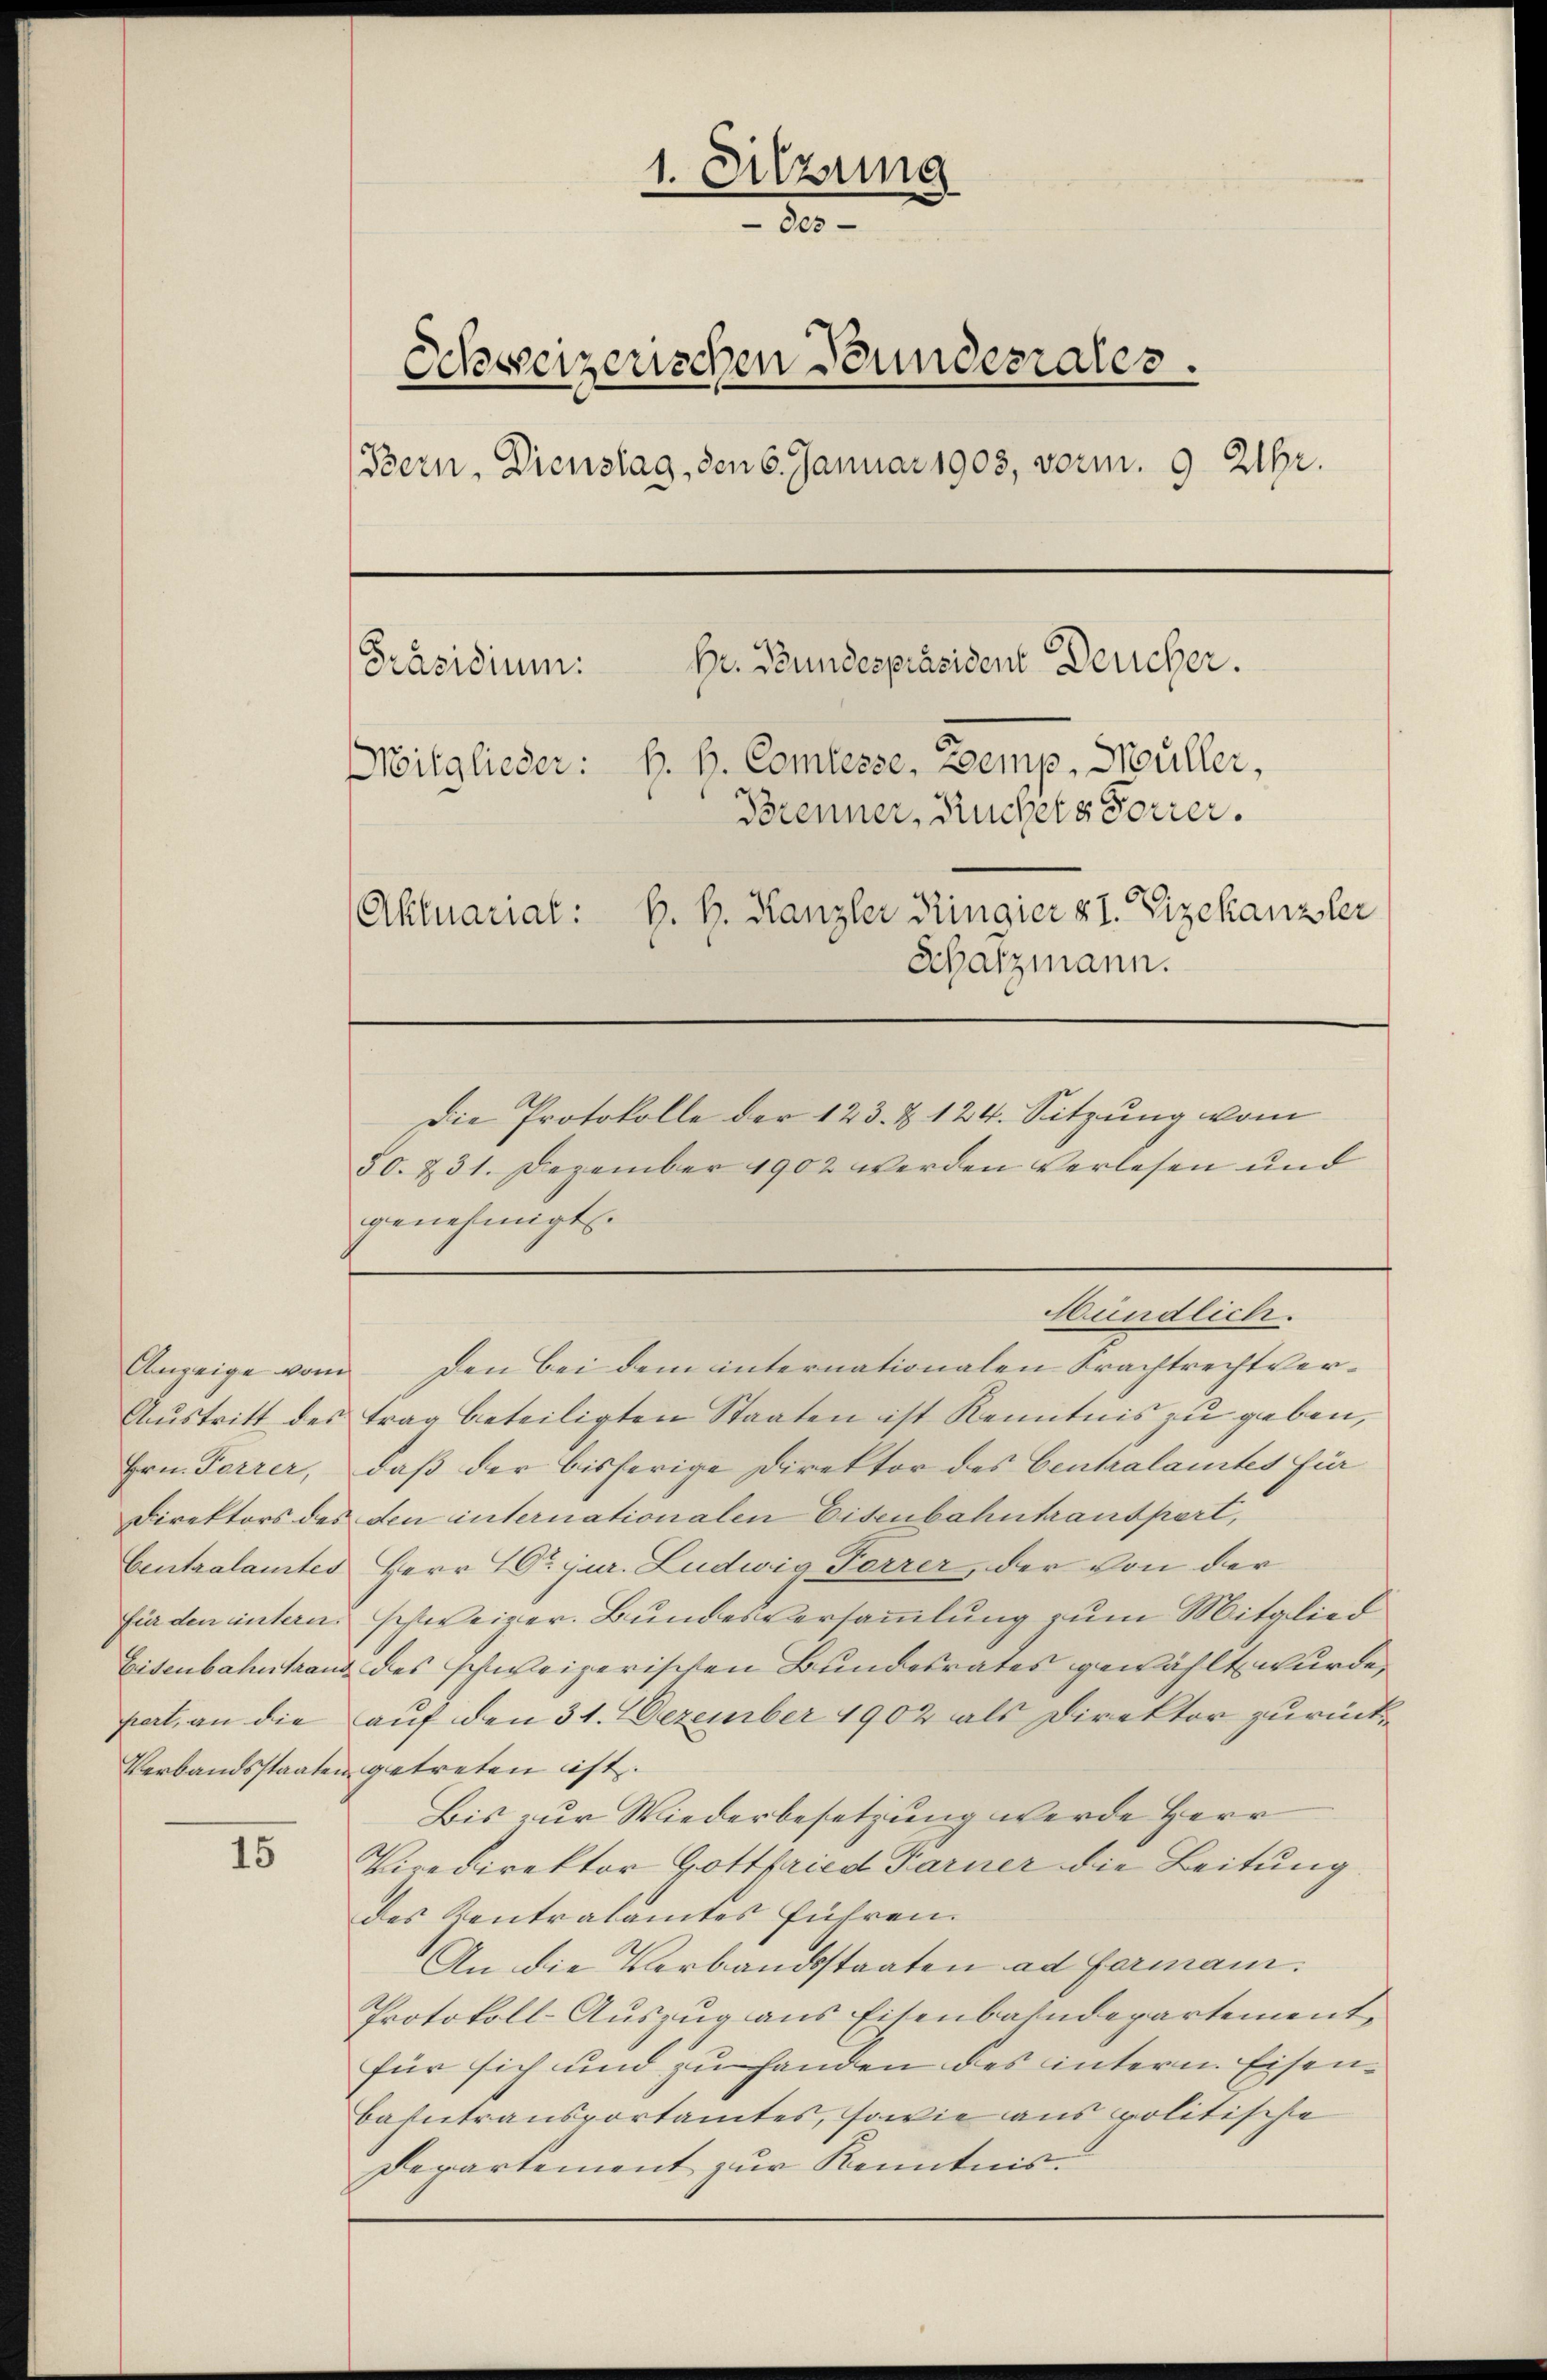
Anzeige vom
Austritt des
Hrn. Parrer,
Direktors des
Centralamtes
für den unterer.
Eisenbahntrau
pert, an die
Verbandsstaaten

15

1. Sitzung
des
Schweizerischen Bunderiales.
Bern, Dienstag, den 6. Januar 1903, vorm. 9 Uhr.
Hr. Bundespräsident Deucher.
[Präsidium.
Mitglieder: H. H. Comtesse, Zemp, Müller,
Brenner, Ruchels Forrer.
Aktuariat: B. H. Kanzler Ringier & 1. Vizekanzler
Schatzmann.
Die Protokolle der 123. Z. 124. Sitzung vom
50. 231. Dezember 1902 werden Verlesen und

genehmigt.
den bei dem internationalen Krachtrecht vertrag beteiligten Staaten ist Kenntnis zu geben,
daß der bisherige Direktor des Centralamtes für
den internationalen Eisenbahntranspert,
Herr Dr. jur. Ludwig Ferrer, der von der
schweizer. Bundesversammlung zum Mitglied
des schweizerischen Bundesrates gewählt wurde.
auf den 31. Dezember 1902 als Direktor zurückgetreten ist.
Bis zur Wiederbesetzung werde Herr
Viredirektor Gottfried Farner die Leitung
des Zentralamtes führen.
An die Verbandsstaaten ad Formann.
Protokoll-Auszug aus Eisenbahndepartement,
für sich und zu handen des intern Eisenbahntransportamtes, sowie aus politische
Departement zur Kenntnis:

Bündlich.